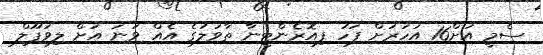
ސެމީ އަށް16 އަހަރަށް ފަހު ފިއޮރެންޓީނާ ތާވަލުގެ އެއް ވަނަ އަށް ލިވަޕޫލް